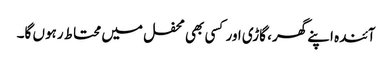
آئندہ اپنے گھر، گاڑی اور کسی بھی محفل میں محتاط رہوں گا۔